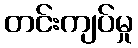
တင်းကျပ်မှု